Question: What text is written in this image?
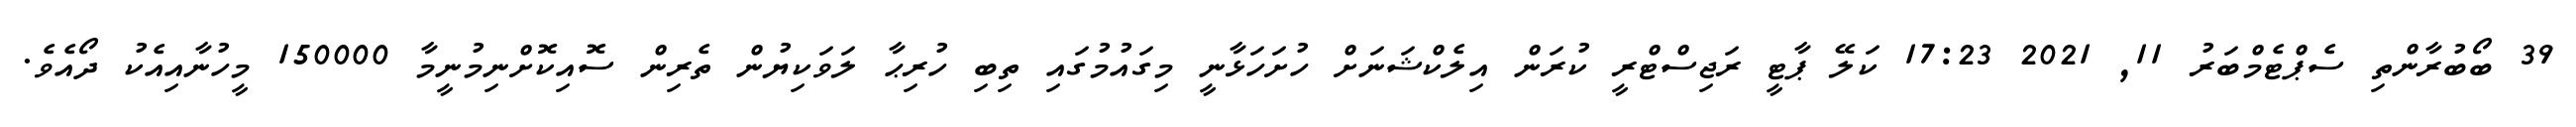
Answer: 39 ބޯބުރާންތި ސެޕްޓެމްބަރު 11, 2021 17:23 ކަލޭ ޕާޓީ ރަޖިސްޓްރީ ކުރަން އިލެކްޝަނަށް ހުށަހަޅާނީ މިގައުމުގައި ތިބި ހުރިޙާ ލަވަކިޔުން ތެރިން ސޮއިކޮށްނިމުނީމާ 150000 މީހުނާއިއެކު ދޯއެވެ.